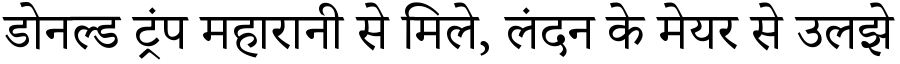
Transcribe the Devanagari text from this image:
डोनल्ड ट्रंप महारानी से मिले, लंदन के मेयर से उलझे